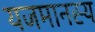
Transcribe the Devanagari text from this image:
यजमानस्य